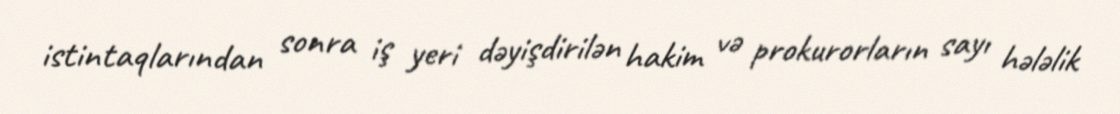
istintaqlarından sonra iş yeri dəyişdirilən hakim və prokurorların sayı hələlik